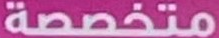
متخصصة